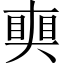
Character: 𥈜